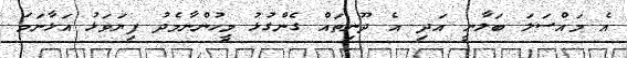
އެ މައްސަލަ ބަލާނީ އަދި އެ ދޫނިތައް ގެންގުޅު މީހުންނާމެދު ފިޔަވަޅު އަޅާނަމަ